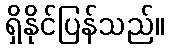
ရှိနိုင်ပြန်သည်။